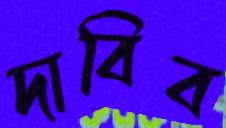
দাবিব